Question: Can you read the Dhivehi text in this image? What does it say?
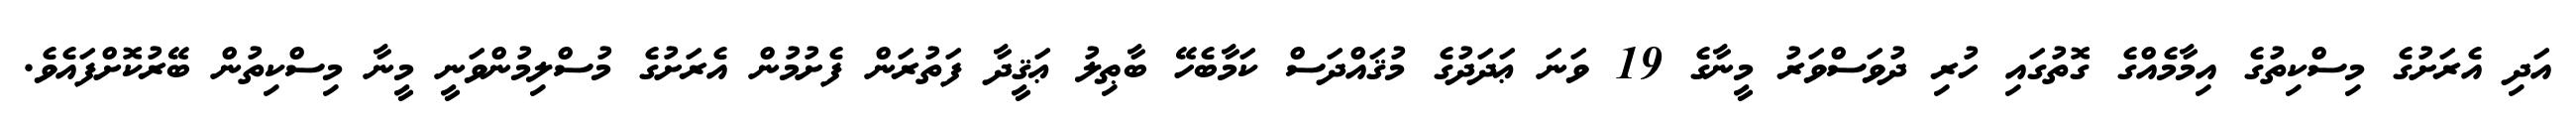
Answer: އަދި އެރަށުގެ މިސްކިތުގެ އިމާމެއްގެ ގޮތުގައި ހުރި ދުވަސްވަރު މީނާގެ 19 ވަނަ ޢަދަދުގެ މުޤައްދަސް ކަމާބެހޭ ބާޠިލު ޢަޤީދާ ފަތުރަން ފެށުމުން އެރަށުގެ މުސްލިމުންވަނީ މީނާ މިސްކިތުން ބޭރުކޮށްފައެވެ.